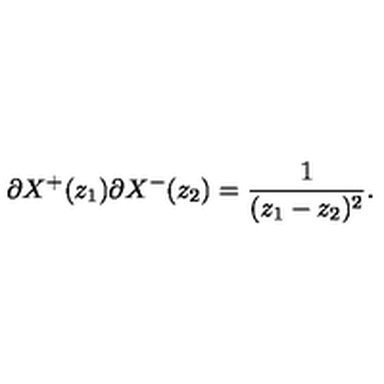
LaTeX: \partial X ^ { + } ( z _ { 1 } ) \partial X ^ { - } ( z _ { 2 } ) = \frac { 1 } { ( z _ { 1 } - z _ { 2 } ) ^ { 2 } } .